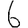
Digit: 6